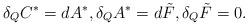
LaTeX: \begin{gather*}\delta_Q C^\ast = d A^\ast , \delta_Q A^\ast =d \tilde{F} ,\delta_Q \tilde{F}=0 .\end{gather*}